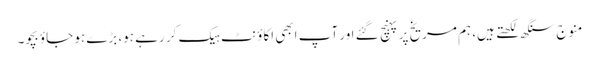
منوج سنگھ لکھتے ہیں، ہم مریخ پر پہنچ گئے اور آپ ابھی اکاؤنٹ ہیک کر رہے ہو، بڑے ہو جاؤ بچو۔